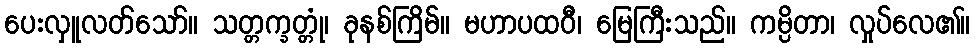
ပေးလှူလတ်သော်။ သတ္တက္ခတ္တုံ၊ ခုနစ်ကြိမ်။ မဟာပထဝီ၊ မြေကြီးသည်။ ကမ္ပိတာ၊ လှုပ်လေ၏။